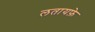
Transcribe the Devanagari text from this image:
लतायफ़े